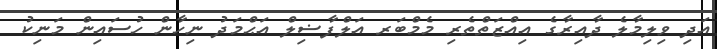
އަދި ވިލިމާލެ ދާއިރާގެ އިއްޒަތްތެރި މެމްބަރ އަލްފާޟިލް އަޙްމަދު ނިހާން ހުސައިން މަނިކު